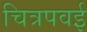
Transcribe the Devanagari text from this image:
चित्रपवई